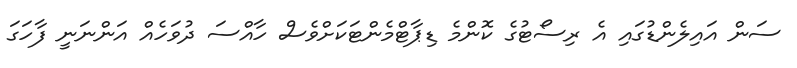
ސަން އައިލެންޑުގައި އެ ރިސޯޓުގެ ކޮންމެ ޑިޕާޓްމެންޓަކަށްވެސް ހާއްސަ ދުވަހެއް އަންނަނީ ފާހަގަ